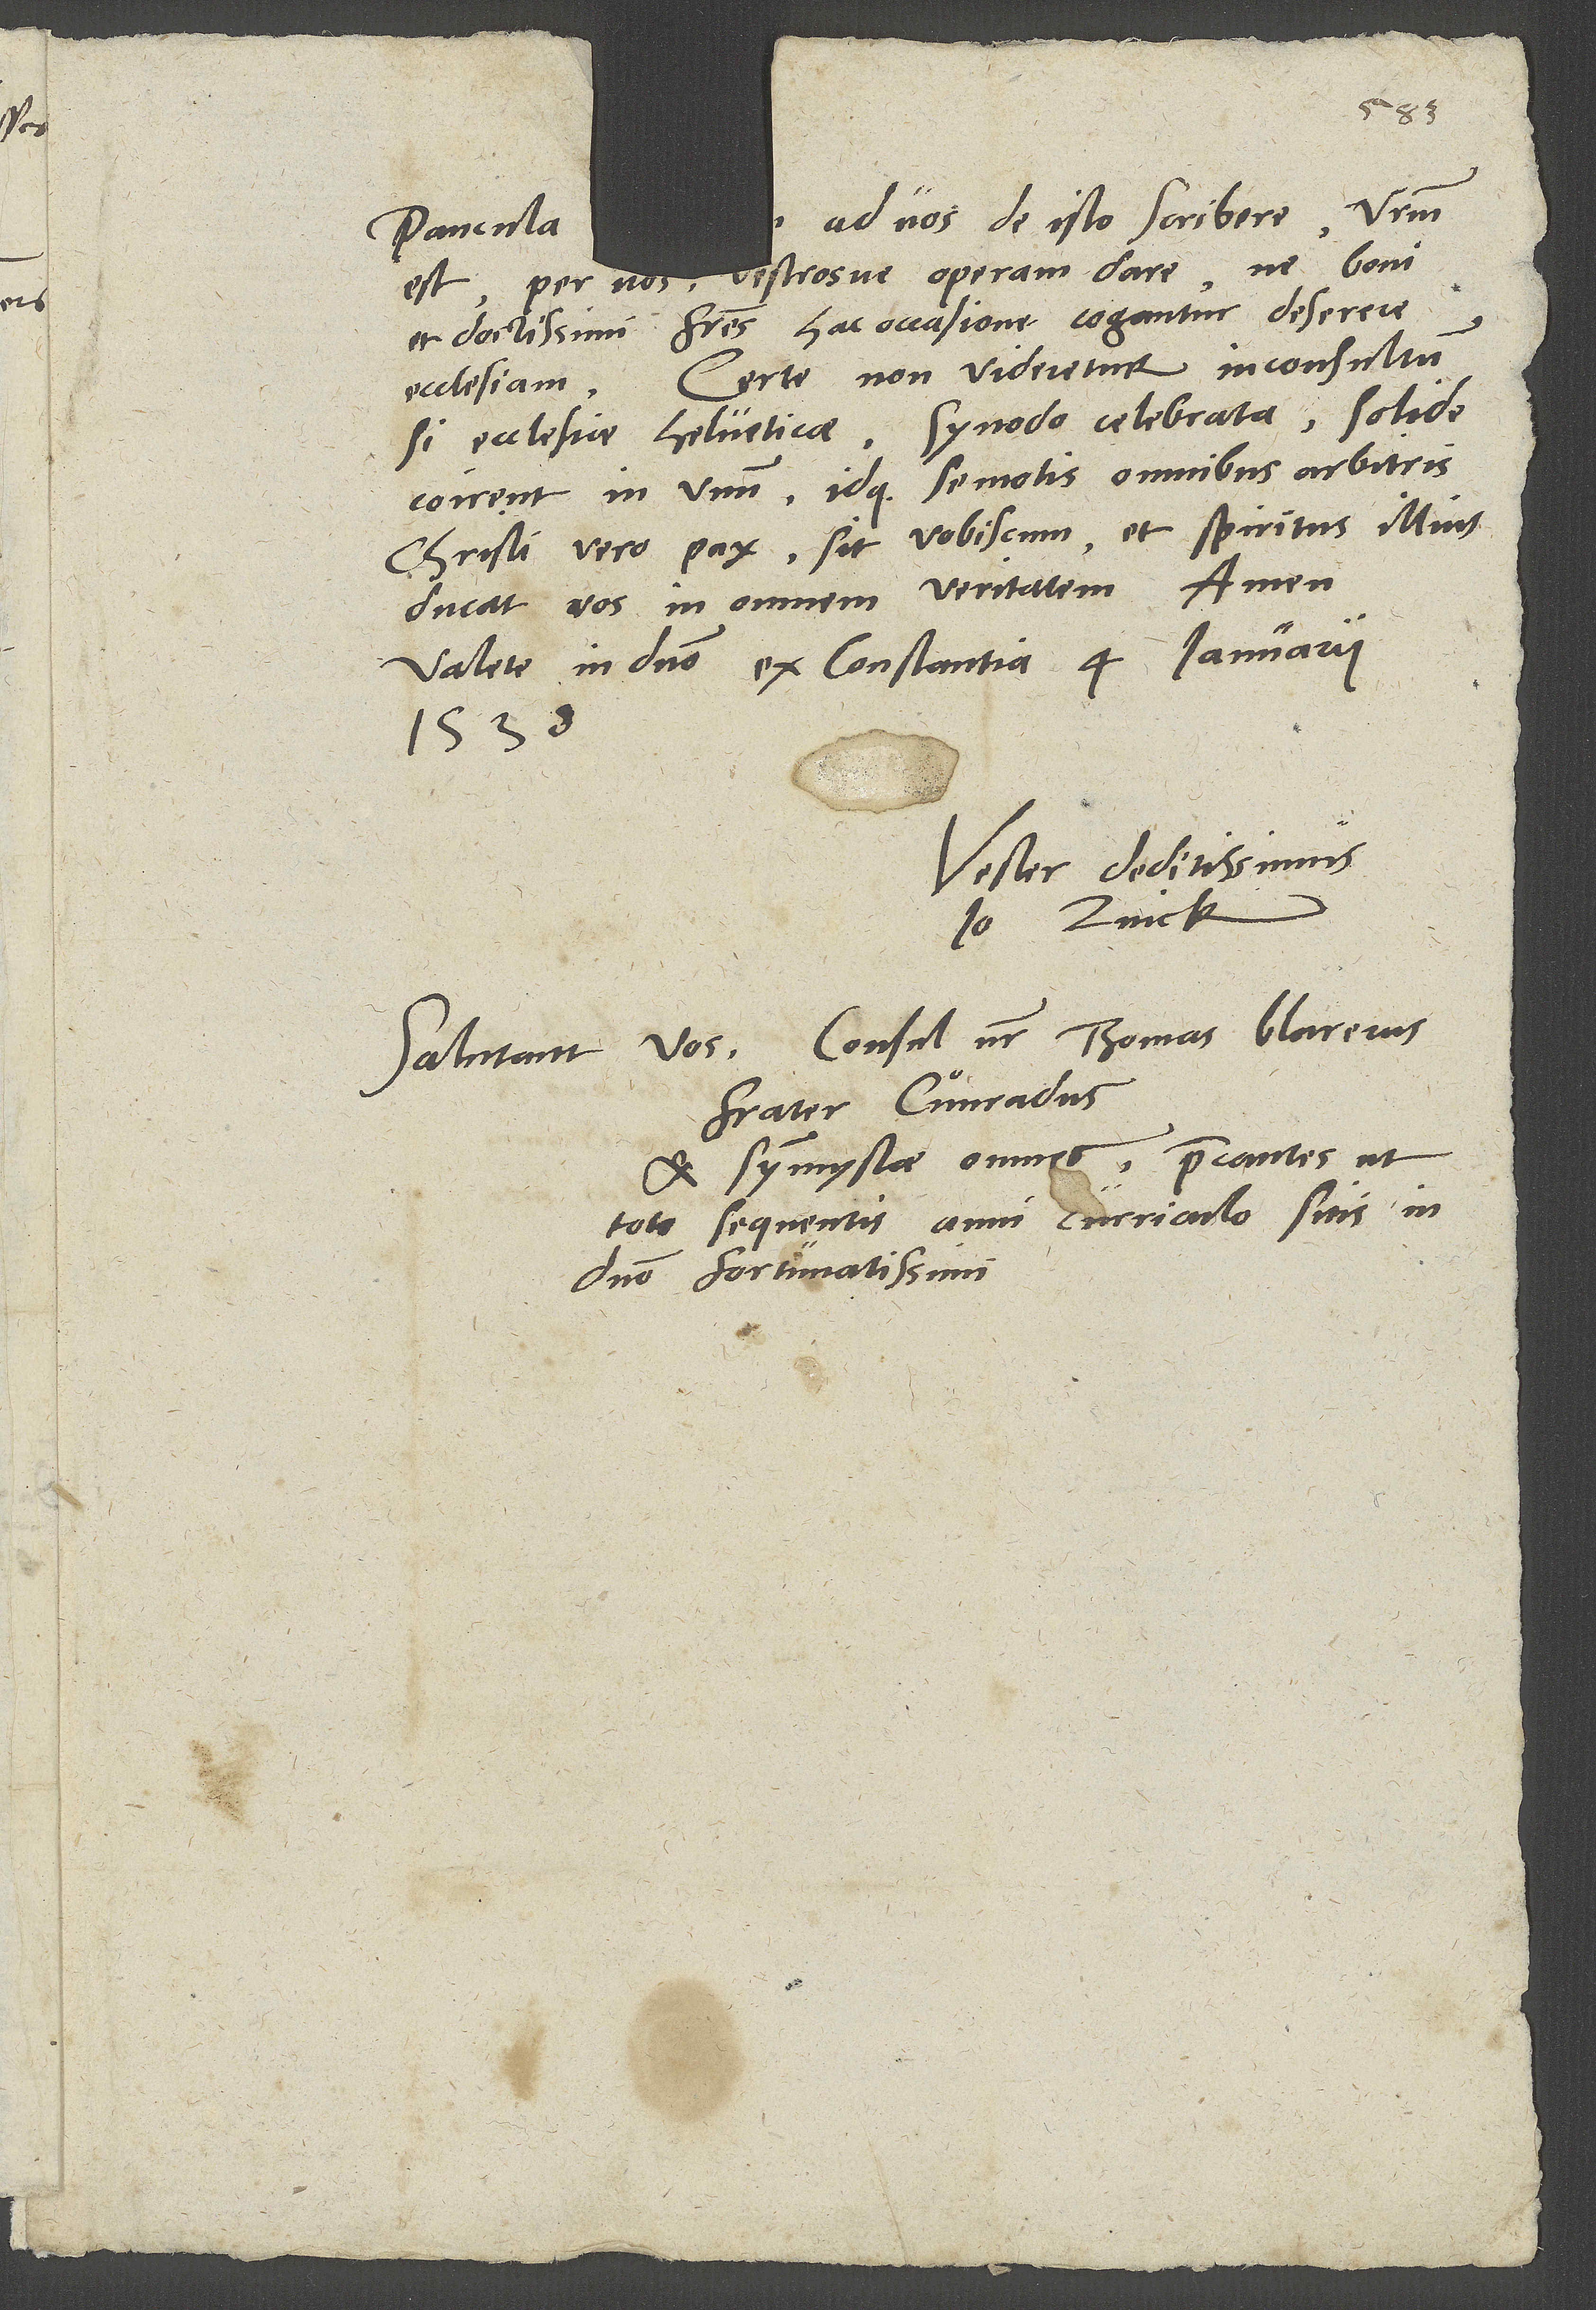
ad vos de isto scribere. Vestrum
Paucula
est per vos vestrosve operam dare, ne boni
et doctissimi fratres hac occasione cogantur deserere
ecclesiam. Certe non videretur inconsultum,
si ecclesiae Helveticae synodo celebrata solide
coirent in unum idque semotis omnibus arbitris.
Christi vero pax sit vobiscum, et spiritus illius
ducat vos in omnem veritatem. Amen.
1538.
Vester deditissimus
Io. Zvick.
Salutant vos consul noster Thomas Blarerus,
frater Cuͦnradus
et symmystae omnes precantes, ut
toto sequentis anni curriculo sitis in
domino fortunatissimi.